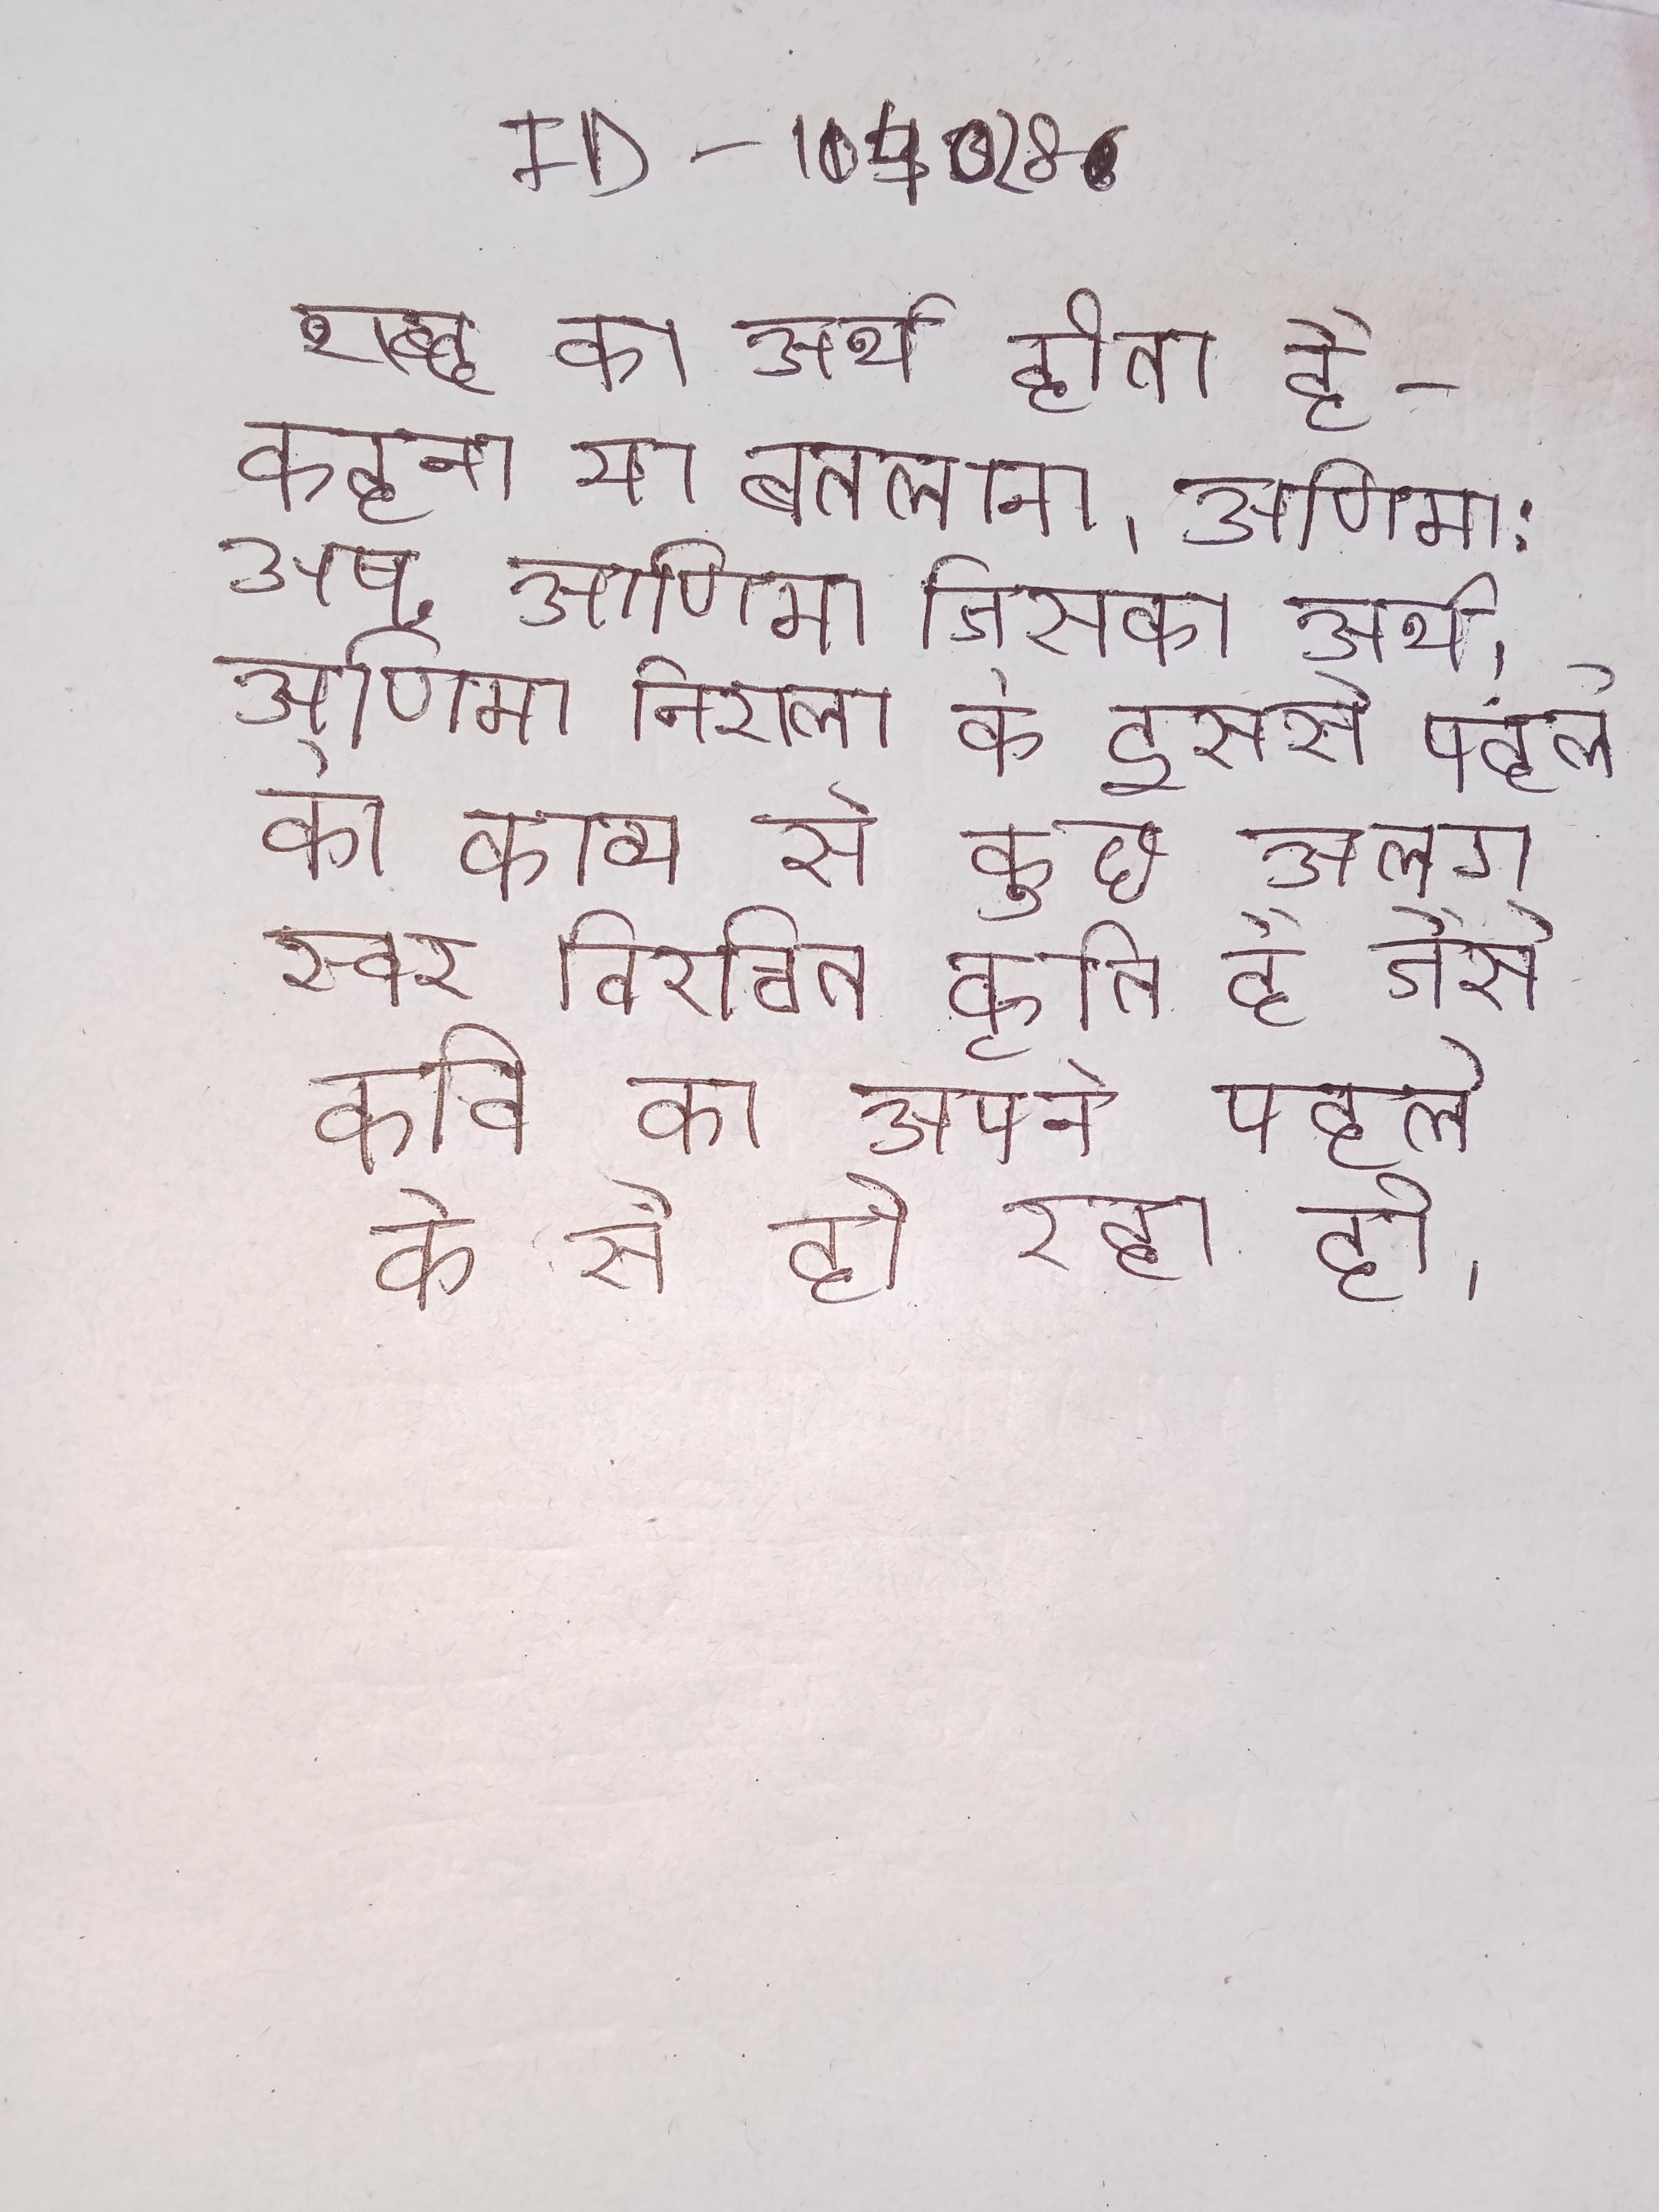
शब्द का अर्थ होता है - कहना या बतलाना । अणिमा: अष्ट सबसे पहली सिद्धि अणिमा जिसका अर्थ! अणिमा निराला के इससे पहले की काव्य से कुछ अलग स्वर विरचित कृति है जैसे कवि का अपने पहले के से हो रहा हो ।